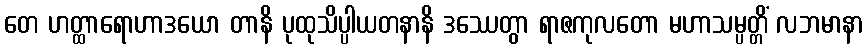
တေ ဟတ္ထာရောဟာဒယော တာနိ ပုထုသိပ္ပါယတနာနိ ဒဿေတွာ ရာဇကုလတော မဟာသမ္ပတ္တိံ လဘမာနာ